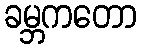
ခမ္ဘကတော